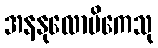
အနနုလောမိကေသု